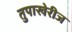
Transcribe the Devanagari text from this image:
तुपाखेरीज